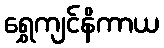
ရွှေကျင်နိကာယ